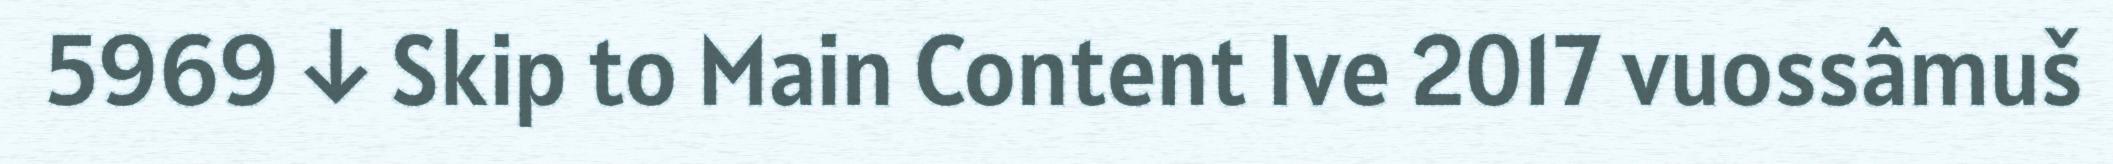
5969 ↓ Skip to Main Content Ive 2017 vuossâmuš